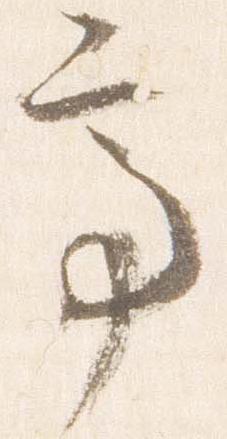
亭